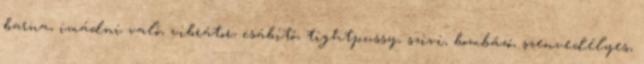
barna, imádni való, vibrátor, csábító, tightpussy, szivi, bombázó, szenvedélyes,